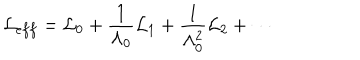
{ \cal L } _ { e f f } = { \cal L } _ { 0 } + \frac { 1 } { \Lambda _ { 0 } } { \cal L } _ { 1 } + \frac { 1 } { \Lambda _ { 0 } ^ { 2 } } { \cal L } _ { 2 } + \cdots